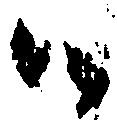
ハ